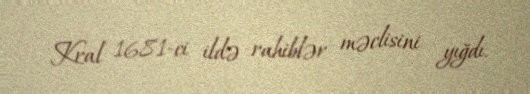
Kral 1681-ci ildə rahiblər məclisini yığdı.